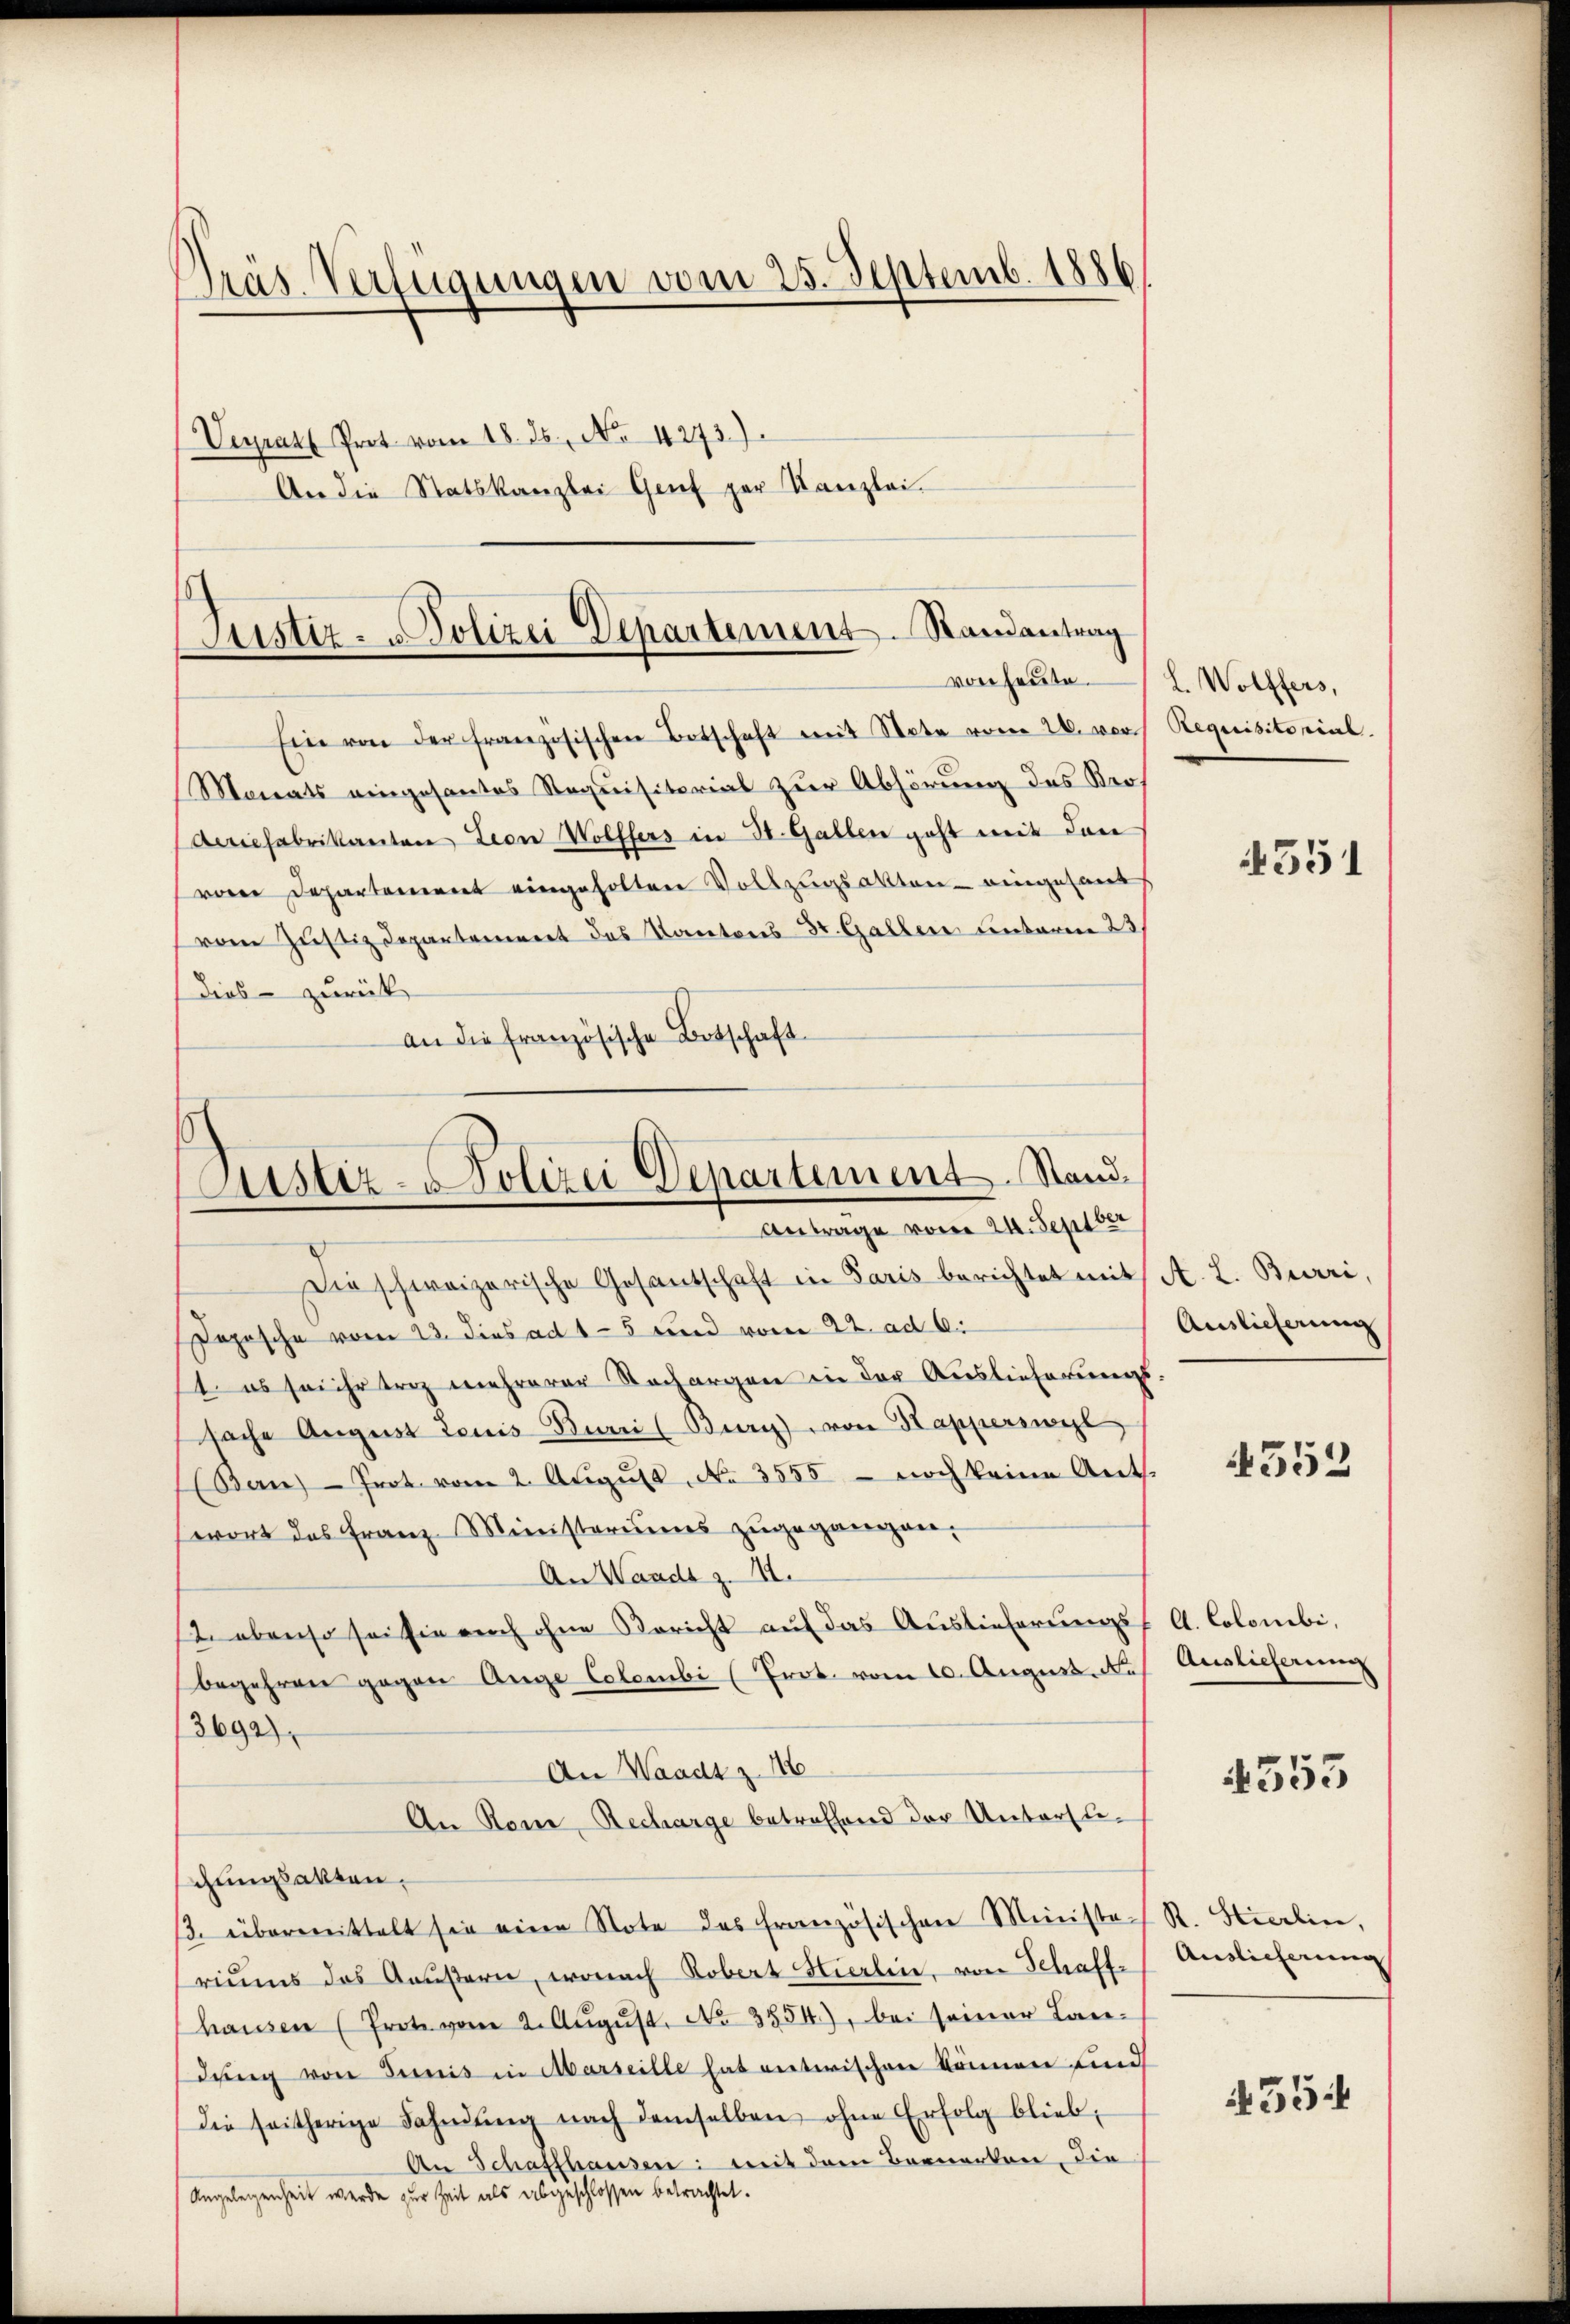
Präs. Verfügungen vom 25. Septemb. 1886
Verrath Prot. vom 18. ds. No. 4273).
An die Statskanzlei Genf zur Kanzlei.

Justiz- Polizei Departement. Randantrag
von heute.

Ein von der französischen Botschaft mit State vom 26. vor.
Monats eingesantes Requisitorial zur Abhörung des Bros
Aciefabrikanton Leon Wolffers in St. Gallen geht mit den
von Departement eingeholten Vollzugsakten - eingesant
vom Justizdepartement des Kantons-Dr. Gallen unterm 23
Dies - zurück
an die französische Botschaft

Justiz-Polizei Departement. Stand.
Antrage vom 24. Septber

Die schweizerische Gesantschaft in Paris berichtet mit A. L. Burri,
Depesche vom 23. dies ad 15 und vom 22. ad 6.
t es sei ihr trag mehrerer Sachergen in der Auslieferungs-
sache August Louis Buri (Bury von Kappersweil
(Ban) Prot. vom 2. Aŭgŭst No 3555 - noch keine Ant.
swort das Franz-Ministeriums zŭgegangen.
An Waadt z. 12.
12. ebenso sei sie auch ohne Bericht aŭf das Auslieferŭngsf A. Colombi,
begehren gegen Auge Colombi (Prot. vom 10. August. N. Auslieferung
3692).
An Waadt z. 146
An Ron-Recharge betreffend der Untersuchungsakten,
/3. übermittelt sei eine Note des französischen Ministe R. Stierlin,
riŭms des Aŭβern, wonach Robert Hierlin, von Schaff-
haŭsen (Prote vom 2. Aŭgŭst No 3854), bei seiner Landung von Simis in Marseille hat entwischen können find
die seitherige Fahnŭng nach demselben ohne Erfolg blieb,
An Schaffhausen: mit dem Bernerken, die
Angelegenheit werde zur Zeit als abgeschlossen betrachtet.

L. Wolffers,
Requisitorial.

4351

Auslieferung

4552

4555

Auslieferung

455